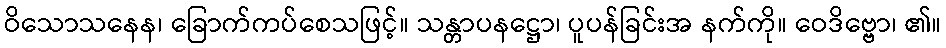
ဝိသောသနေန၊ ခြောက်ကပ်စေသဖြင့်။ သန္တာပနဋ္ဌော၊ ပူပန်ခြင်းအ နက်ကို။ ဝေဒိဗ္ဗော၊ ၏။